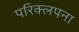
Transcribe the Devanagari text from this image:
परिक्लपना